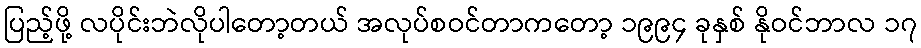
ပြည့်ဖို့ လပိုင်းဘဲလိုပါတော့တယ် အလုပ်စဝင်တာကတော့ ၁၉၉၄ ခုနှစ် နိုဝင်ဘာလ ၁၇